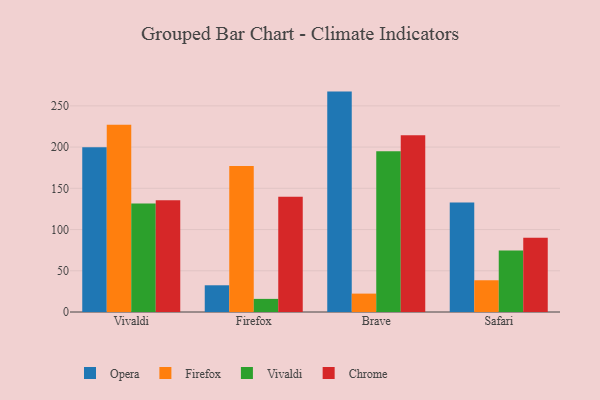
{"axis": {"x": "Browser", "y": "Temperature (°C)"}, "legend": ["Chrome", "Firefox", "Opera", "Vivaldi"], "data": [{"x": "Vivaldi", "y": 199.7, "type": "Opera"}, {"x": "Vivaldi", "y": 227.1, "type": "Firefox"}, {"x": "Vivaldi", "y": 131.7, "type": "Vivaldi"}, {"x": "Vivaldi", "y": 135.6, "type": "Chrome"}, {"x": "Firefox", "y": 32.4, "type": "Opera"}, {"x": "Firefox", "y": 177.1, "type": "Firefox"}, {"x": "Firefox", "y": 15.9, "type": "Vivaldi"}, {"x": "Firefox", "y": 139.7, "type": "Chrome"}, {"x": "Brave", "y": 267.3, "type": "Opera"}, {"x": "Brave", "y": 22.3, "type": "Firefox"}, {"x": "Brave", "y": 195.0, "type": "Vivaldi"}, {"x": "Brave", "y": 214.3, "type": "Chrome"}, {"x": "Safari", "y": 132.9, "type": "Opera"}, {"x": "Safari", "y": 38.5, "type": "Firefox"}, {"x": "Safari", "y": 74.7, "type": "Vivaldi"}, {"x": "Safari", "y": 90.0, "type": "Chrome"}]}